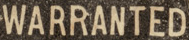
WARRANTED